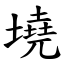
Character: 墝